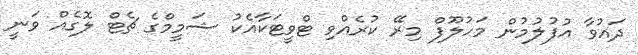
ދައުވާ އުފުލުމުން މަހުލޫފް މިރޭ ކުރެއްވި ޓްވީޓަކާއެކު ޝަމީމްގެ ޗެޓް ލޮގެއް ވަނީ